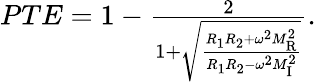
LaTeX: \begin{array}{r}{PTE=1-\frac{2}{1+\sqrt{\frac{R_{1}R_{2}+\omega^{2}M_{\mathrm{R}}^{2}}{R_{1}R_{2}-\omega^{2}M_{\mathrm{I}}^{2}}}}.}\end{array}